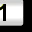
Digit: 1